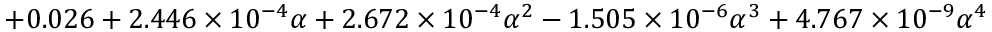
+ 0 . 0 2 6 + 2 . 4 4 6 \times 1 0 ^ { - 4 } \alpha + 2 . 6 7 2 \times 1 0 ^ { - 4 } \alpha ^ { 2 } - 1 . 5 0 5 \times 1 0 ^ { - 6 } \alpha ^ { 3 } + 4 . 7 6 7 \times 1 0 ^ { - 9 } \alpha ^ { 4 }